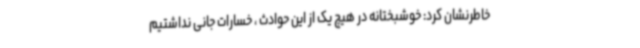
خاطرنشان کرد: خوشبختانه در هیچ یک از این حوادث ، خسارات جانی نداشتیم